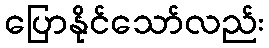
ပြောနိုင်သော်လည်း